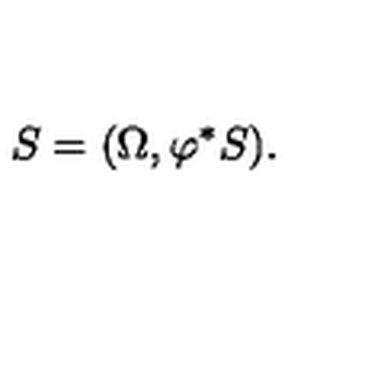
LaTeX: S = ( \Omega , \varphi ^ { * } S ) .